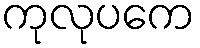
ကုလုပကေ